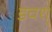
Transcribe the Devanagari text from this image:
डचश्